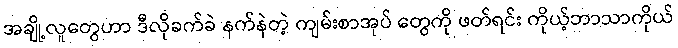
အချို့လူတွေဟာ ဒီလိုခက်ခဲ နက်နဲတဲ့ ကျမ်းစာအုပ် တွေကို ဖတ်ရင်း ကိုယ့်ဘာသာကိုယ်